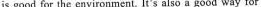
is good for the environment. It's also a good way for